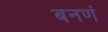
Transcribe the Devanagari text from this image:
बनणं